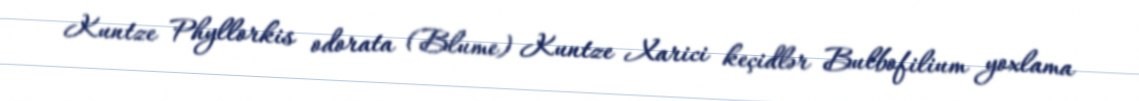
Kuntze Phyllorkis odorata (Blume) Kuntze Xarici keçidlər Bulbofilium yoxlama